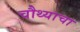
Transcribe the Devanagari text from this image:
चौथ्याचा